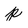
Character: p